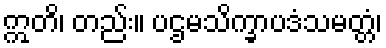
ဣတိ၊ တည်း။ ပဌမသိက္ခာပဒံသမတ္တံ၊